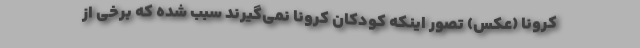
کرونا (عکس) تصور اینکه کودکان کرونا نمی‌گیرند سبب شده که برخی از